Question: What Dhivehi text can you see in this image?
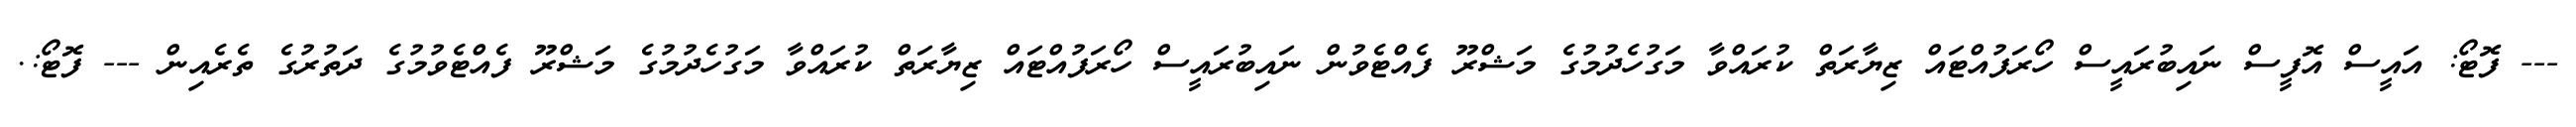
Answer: --- ފޮޓޯ: އައީސް އޮފީސް ނައިބުރައީސް ހޯރަފުއްޓައް ޒިޔާރަތް ކުރައްވާ މަގުހެދުމުގެ މަޝްރޫ ފެއްޓެވުން ނައިބުރައީސް ހޯރަފުއްޓައް ޒިޔާރަތް ކުރައްވާ މަގުހެދުމުގެ މަޝްރޫ ފެއްޓެވުމުގެ ދަތުރުގެ ތެރެއިން --- ފޮޓޯ:.